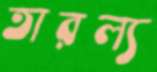
তারল্য